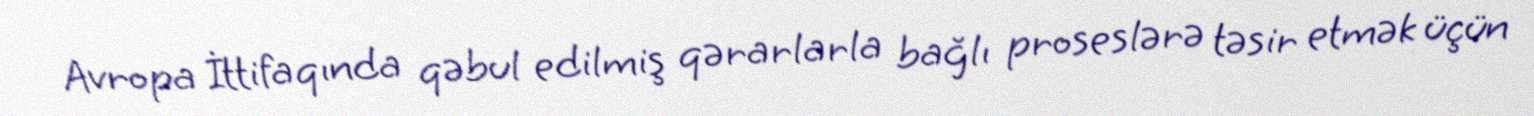
Avropa İttifaqında qəbul edilmiş qərarlarla bağlı proseslərə təsir etmək üçün